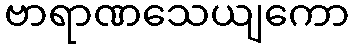
ဗာရာဏသေယျကော